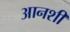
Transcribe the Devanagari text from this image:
आनशी